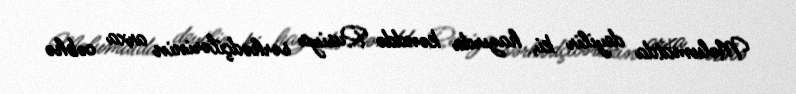
Məlumatda deyilir ki, hazırda kənddə Rusiya sərhədçilərinin arxa cəbhə